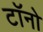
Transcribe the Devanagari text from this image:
टॉनो